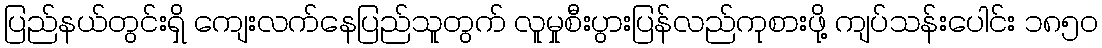
ပြည်နယ်တွင်းရှိ ကျေးလက်နေပြည်သူတွက် လူမှုစီးပွားပြန်လည်ကုစားဖို့ ကျပ်သန်းပေါင်း ၁၈၅၀